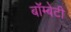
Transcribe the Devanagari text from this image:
बॉम्बेटी